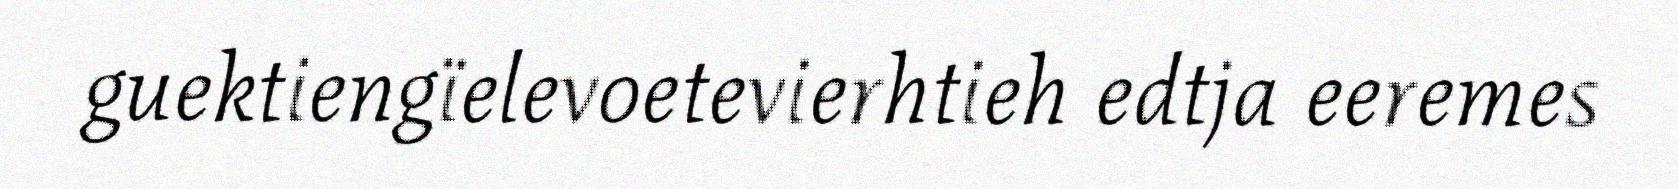
guektiengïelevoetevierhtieh edtja eeremes